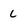
Character: c